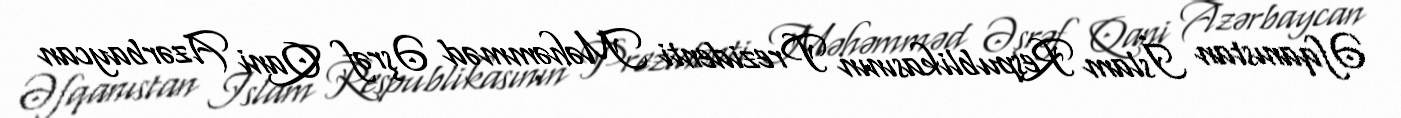
Əfqanıstan İslam Respublikasının Prezidenti Məhəmməd Əşrəf Qani Azərbaycan